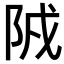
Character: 𨹒